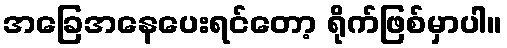
အခြေအနေပေးရင်တော့ ရိုက်ဖြစ်မှာပါ။